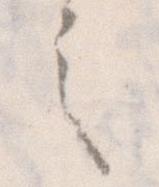
之